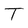
Character: T